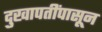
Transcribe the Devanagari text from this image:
दुखापतींपासून